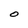
Character: O